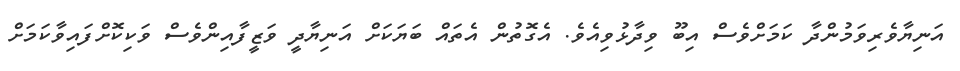
އަނިޔާވެރިވަމުންދާ ކަމަށްވެސް އިބޫ ވިދާޅުވިއެވެ. އެގޮތުން އެތައް ބަޔަކަށް އަނިޔާދީ ވަޒީފާއިންވެސް ވަކިކޮށްފައިވާކަމަށް